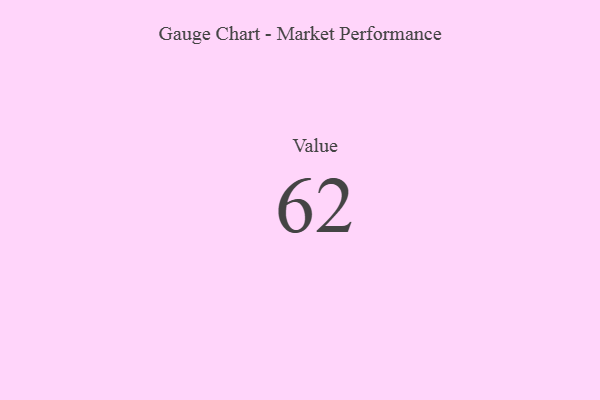
{"axis": {"x": "Metric", "y": "Value"}, "legend": [""], "data": [{"x": "Value", "y": 62, "type": ""}]}